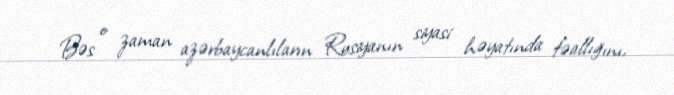
Bəs o zaman azərbaycanlıların Rusiyanın siyasi həyatında fəallığını,